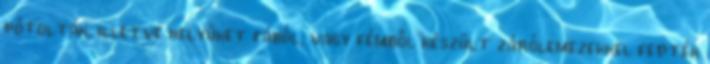
pótolták, illetve helyüket fából, vagy fémből készült zárólemezekkel fedték